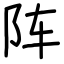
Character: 阵